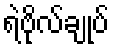
ရဲဗိုလ်ချုပ်